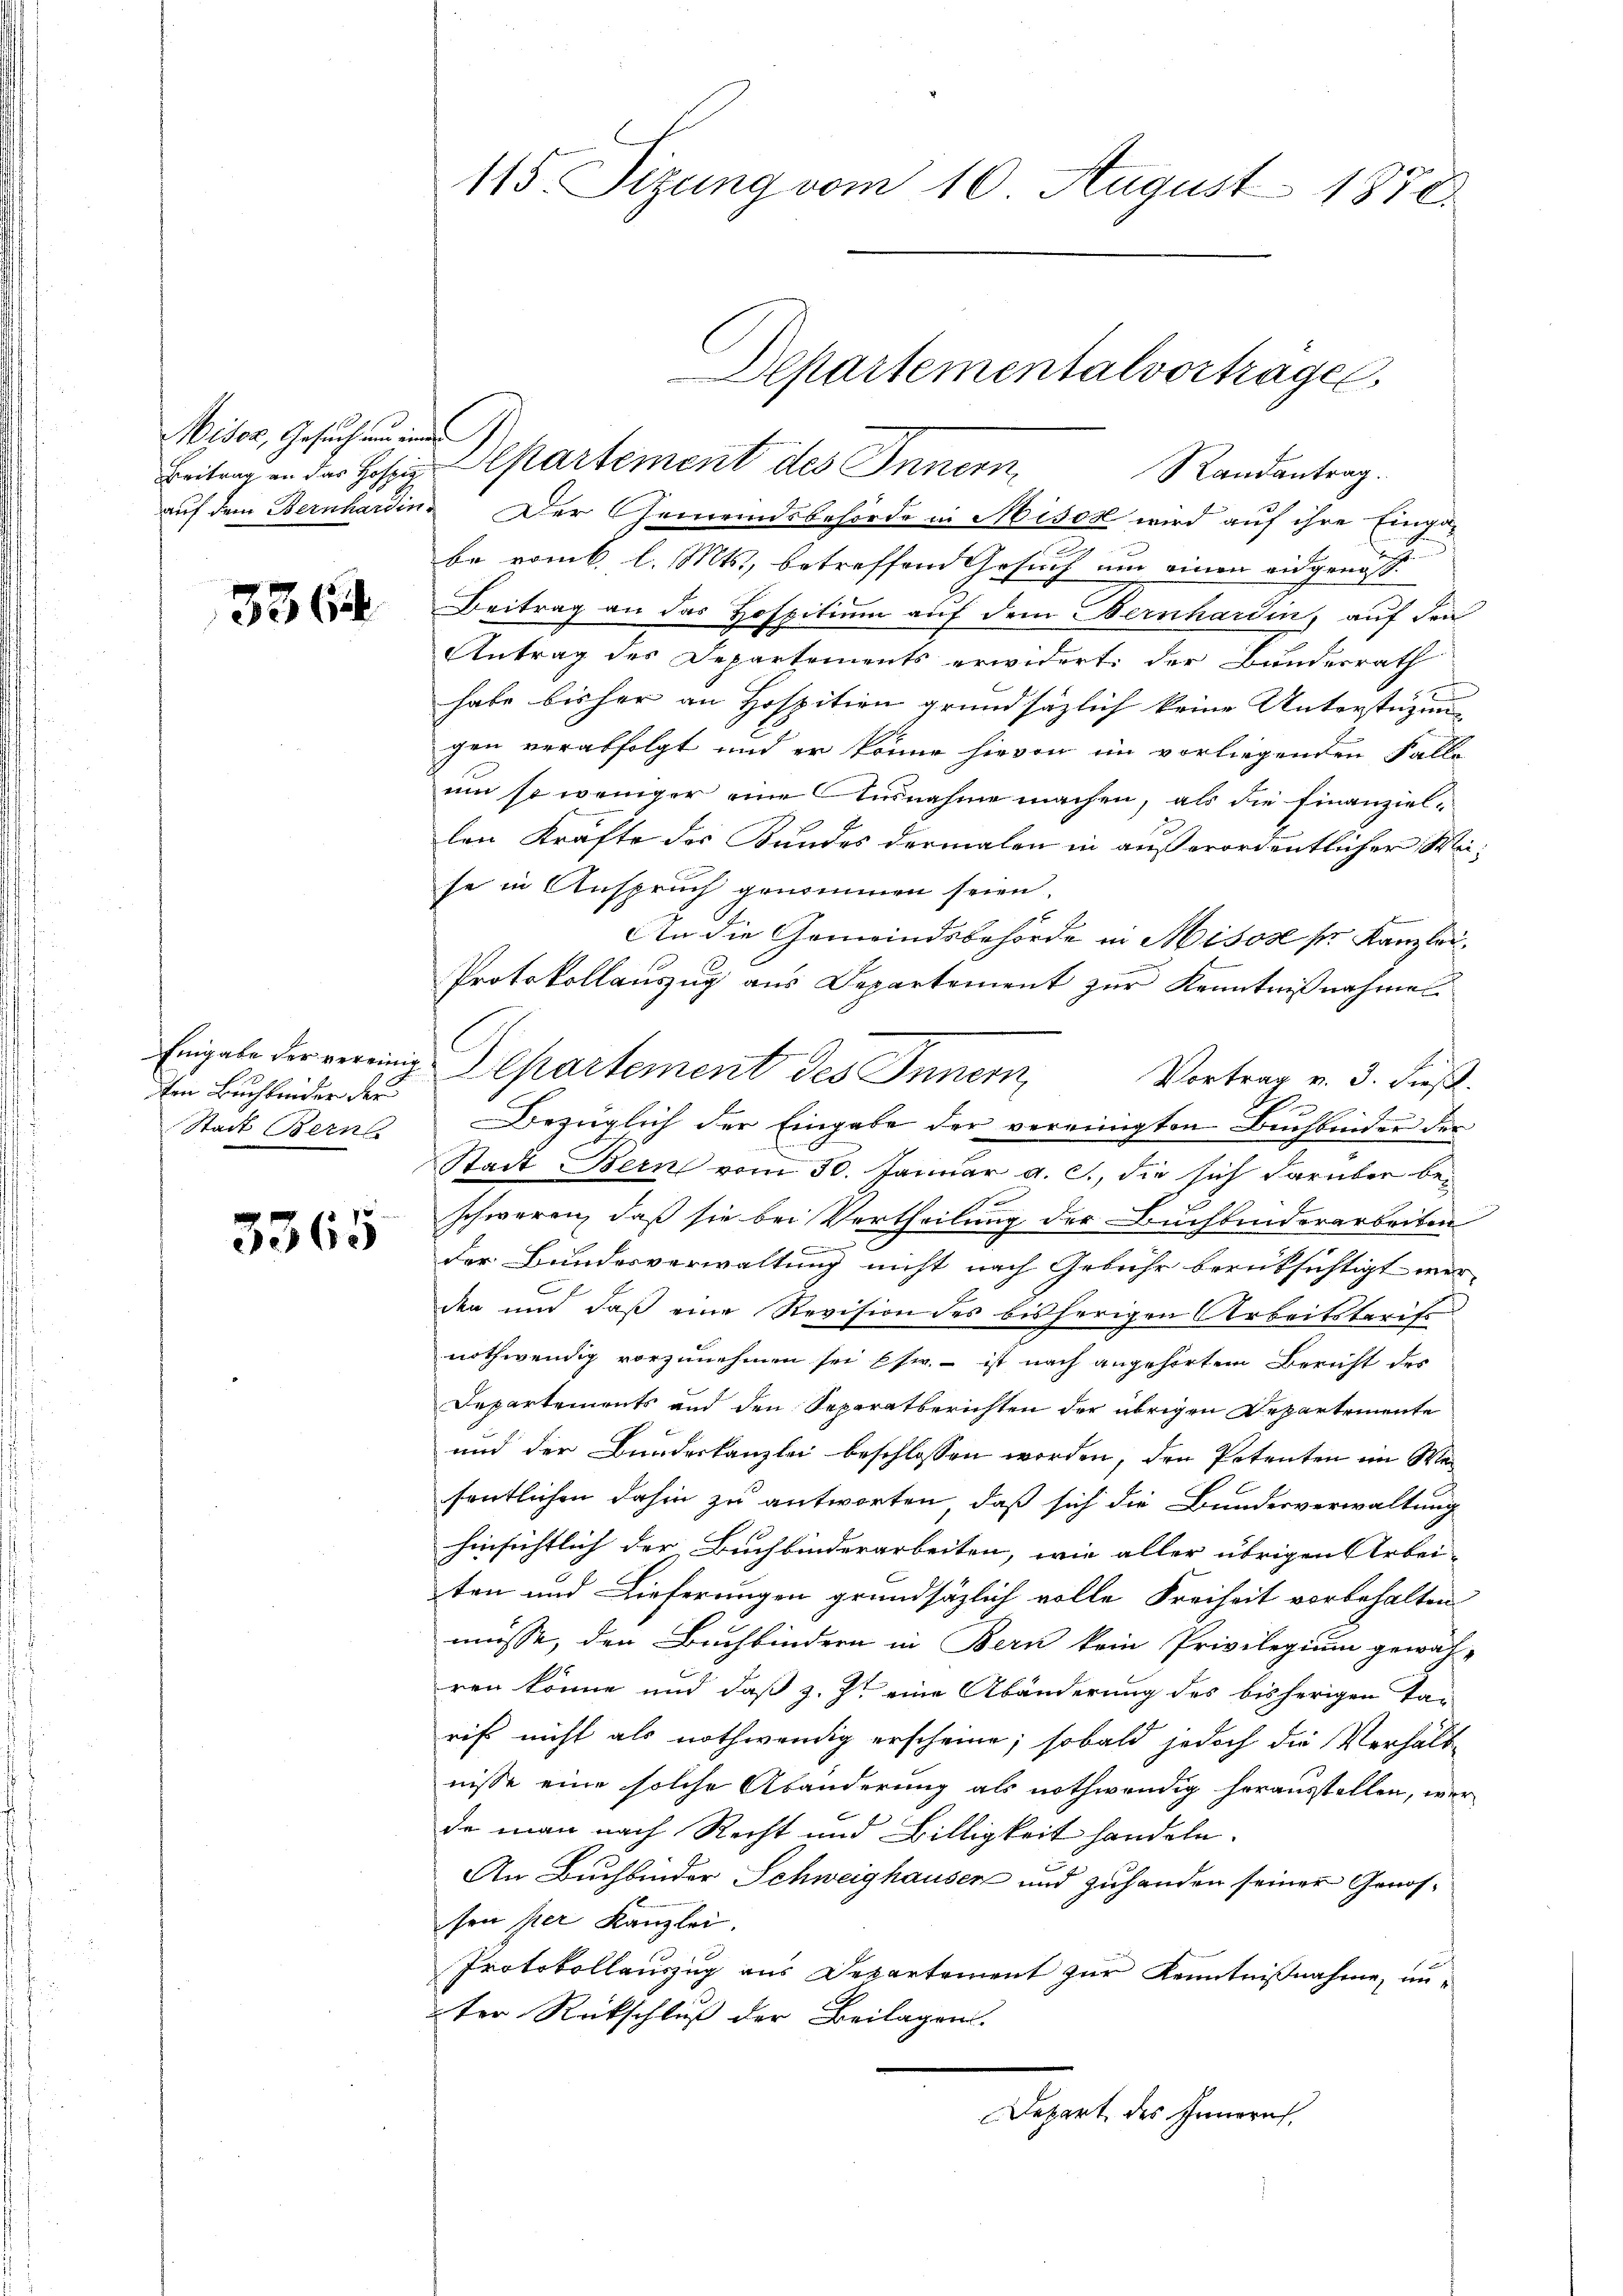
Miser, Gesuch um eines
Beitrag an das Hofpi
auf dem Bernhardin

3364

Eingabe der vereinig
on Buchbinder der
Stadt Berns

e
3360

115. Sizung vom 10. August 1878.

l
Randantrag.
Der Gemeindsbehörde in Mison wird auf ihre Eingabe vom 6. l. Mts., betreffend Gesuch um einen eidgenoss
Beitrag an das Hospitium auf dem Bernhardin, auf den
Antrag des Departements erwidert: der Bundesrath
habe bisher an Hospition grundsätzlich keine Unterstüzung
gen verabfolgt und er könne hievon im vorliegenden Falle
um so weniger eine Ausnahme machen, als die Finanziel-
len Kräfte des Bundes dermalen in außerordentlicher Mese in Anspruch genommen seien.
Es
An die Gemeindsbehörde in Misos ser Kanzlei¬
Protokollauszug aus Departement zur Kenntnißnahmen.
Departement des Innern,
Vortrag v. 3. dies
A
Bezüglich der Eingabe der vereinigten Buchbinder der
Stadt Bern vom 30. Januar a. c., die sich darüber beschweren, daß sie bei Vertheilung der Buchbinderarbeiten
der Bundesverwaltung nicht nach Gebühr berüksichtigt wer-
den und daß eine Revision des bisherigen Arbeitstarifs
nothwendig vorzunehmen sei est – ist nach angehörtem Bericht der
Departements und den Separatberichten der übrigen Departemente
und der Bundeskanzlei beschlossen worden, den Potenten im Wesentlichen dahin zu antworten, daß sich die Bundesverwaltung
hinsichtlich der Buchbinderarbeiten, wie aller übrigen Arbei-
ten und Lieferungen grundsätzlich volle Freiheit vorbehalten
müsse, den Buchbindern in Bern kein Privilegium gewäh-
ren könne und daß z. Z. eine Abänderung des bisherigen Tarif nicht als nothwendig erscheine; sobald jedoch die Verhalb-
nisse eine solche Abänderung als nothwendig herausstellen, wen
de man nach Recht und Billigkeit handeln.
An Buchbinder Schweighausen und zuhanden seiner Genosson per Kanzlei.
Protokollauszug aus Departement zur Kenntnißnahme, unc
ter Rückschluß der Beilagen.
Depart des Innern,

Departementalvortragen.
Departement des Innern,